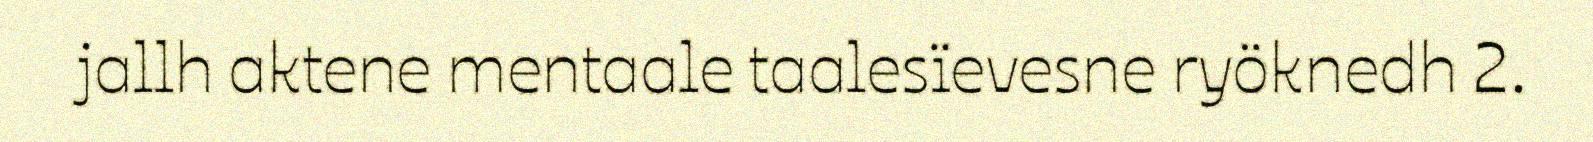
jallh aktene mentaale taalesïevesne ryöknedh 2.